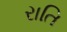
રાતિ